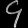
Digit: ၄